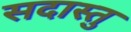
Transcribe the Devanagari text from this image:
सदास्तु